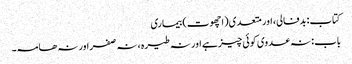
کتاب: بدفالی، اور متعدی(اچھوت) بیماری
باب : نہ عدوی کوئی چیز ہے اور نہ طیرہ ، نہ صفر اور نہ ھامہ۔